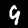
Digit: 9